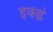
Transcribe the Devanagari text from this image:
इक्डं